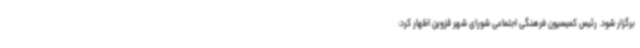
برگزار شود. رئیس کمیسیون فرهنگی اجتماعی شورای شهر قزوین اظهار کرد: